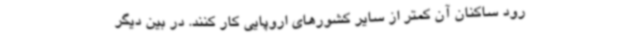
رود ساکنان آن کمتر از سایر کشورهای اروپایی کار کنند. در بین دیگر